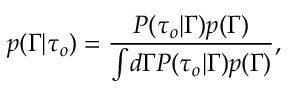
p ( \Gamma \vert \tau _ { o } ) = \frac { P ( \tau _ { o } \vert \Gamma ) p ( \Gamma ) } { \int \! d \Gamma P ( \tau _ { o } \vert \Gamma ) p ( \Gamma ) } ,